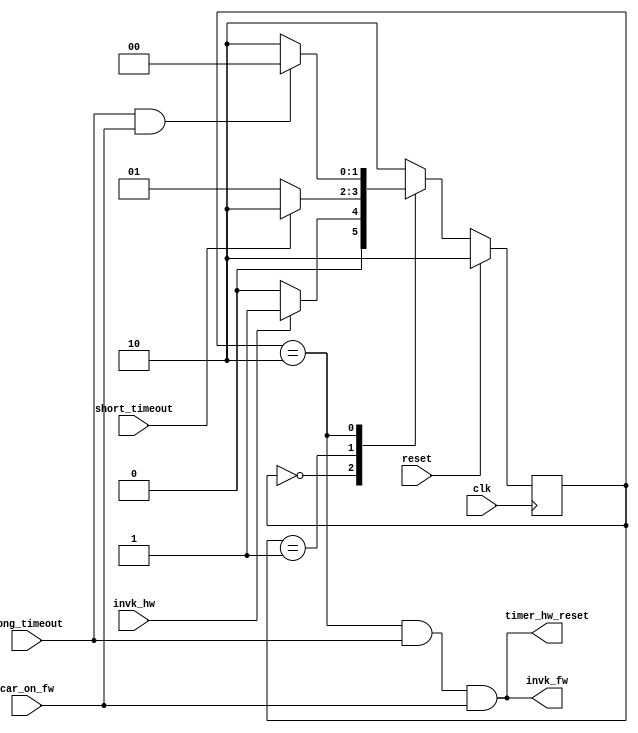
module hw_mod (clk, reset, invk_hw, short_timeout, 
				long_timeout, car_on_fw, 
				invk_fw, timer_hw_reset);
	input clk;
	input reset;
	input invk_hw;
	input short_timeout;
	input long_timeout;
	input car_on_fw;
	
	output invk_fw;
	output timer_hw_reset;
	
	localparam [1:0] RED = 2'd0;
	localparam [1:0] YELLOW = 2'd1;
	localparam [1:0] GREEN = 2'd2;

	reg [1:0] state_hw;
	
	//initial condition
	initial state_hw = GREEN;
	
	//Mealy machine outputs
	//invoking fw
	assign invk_fw = (state_hw == GREEN) && long_timeout && car_on_fw;
	
	//timer reset signal
	assign timer_hw_reset = invk_fw;
	
	//state transition
	always@(posedge clk) begin
		if(reset) 
			state_hw <= GREEN;
		else begin
			case(state_hw)
				RED: 
					state_hw <= (invk_hw) ? YELLOW : RED;
				YELLOW:
					state_hw <= (short_timeout) ? GREEN : YELLOW;
				GREEN:
					state_hw <= (long_timeout && car_on_fw) ? RED : GREEN;
				default: 
					state_hw <= GREEN;
			endcase
		end
	end
	
endmodule